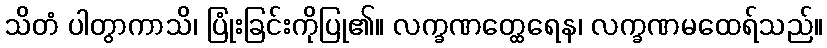
သိတံ ပါတွာကာသိ၊ ပြုံးခြင်းကိုပြု၏။ လက္ခဏတ္ထေရေန၊ လက္ခဏမထေရ်သည်။